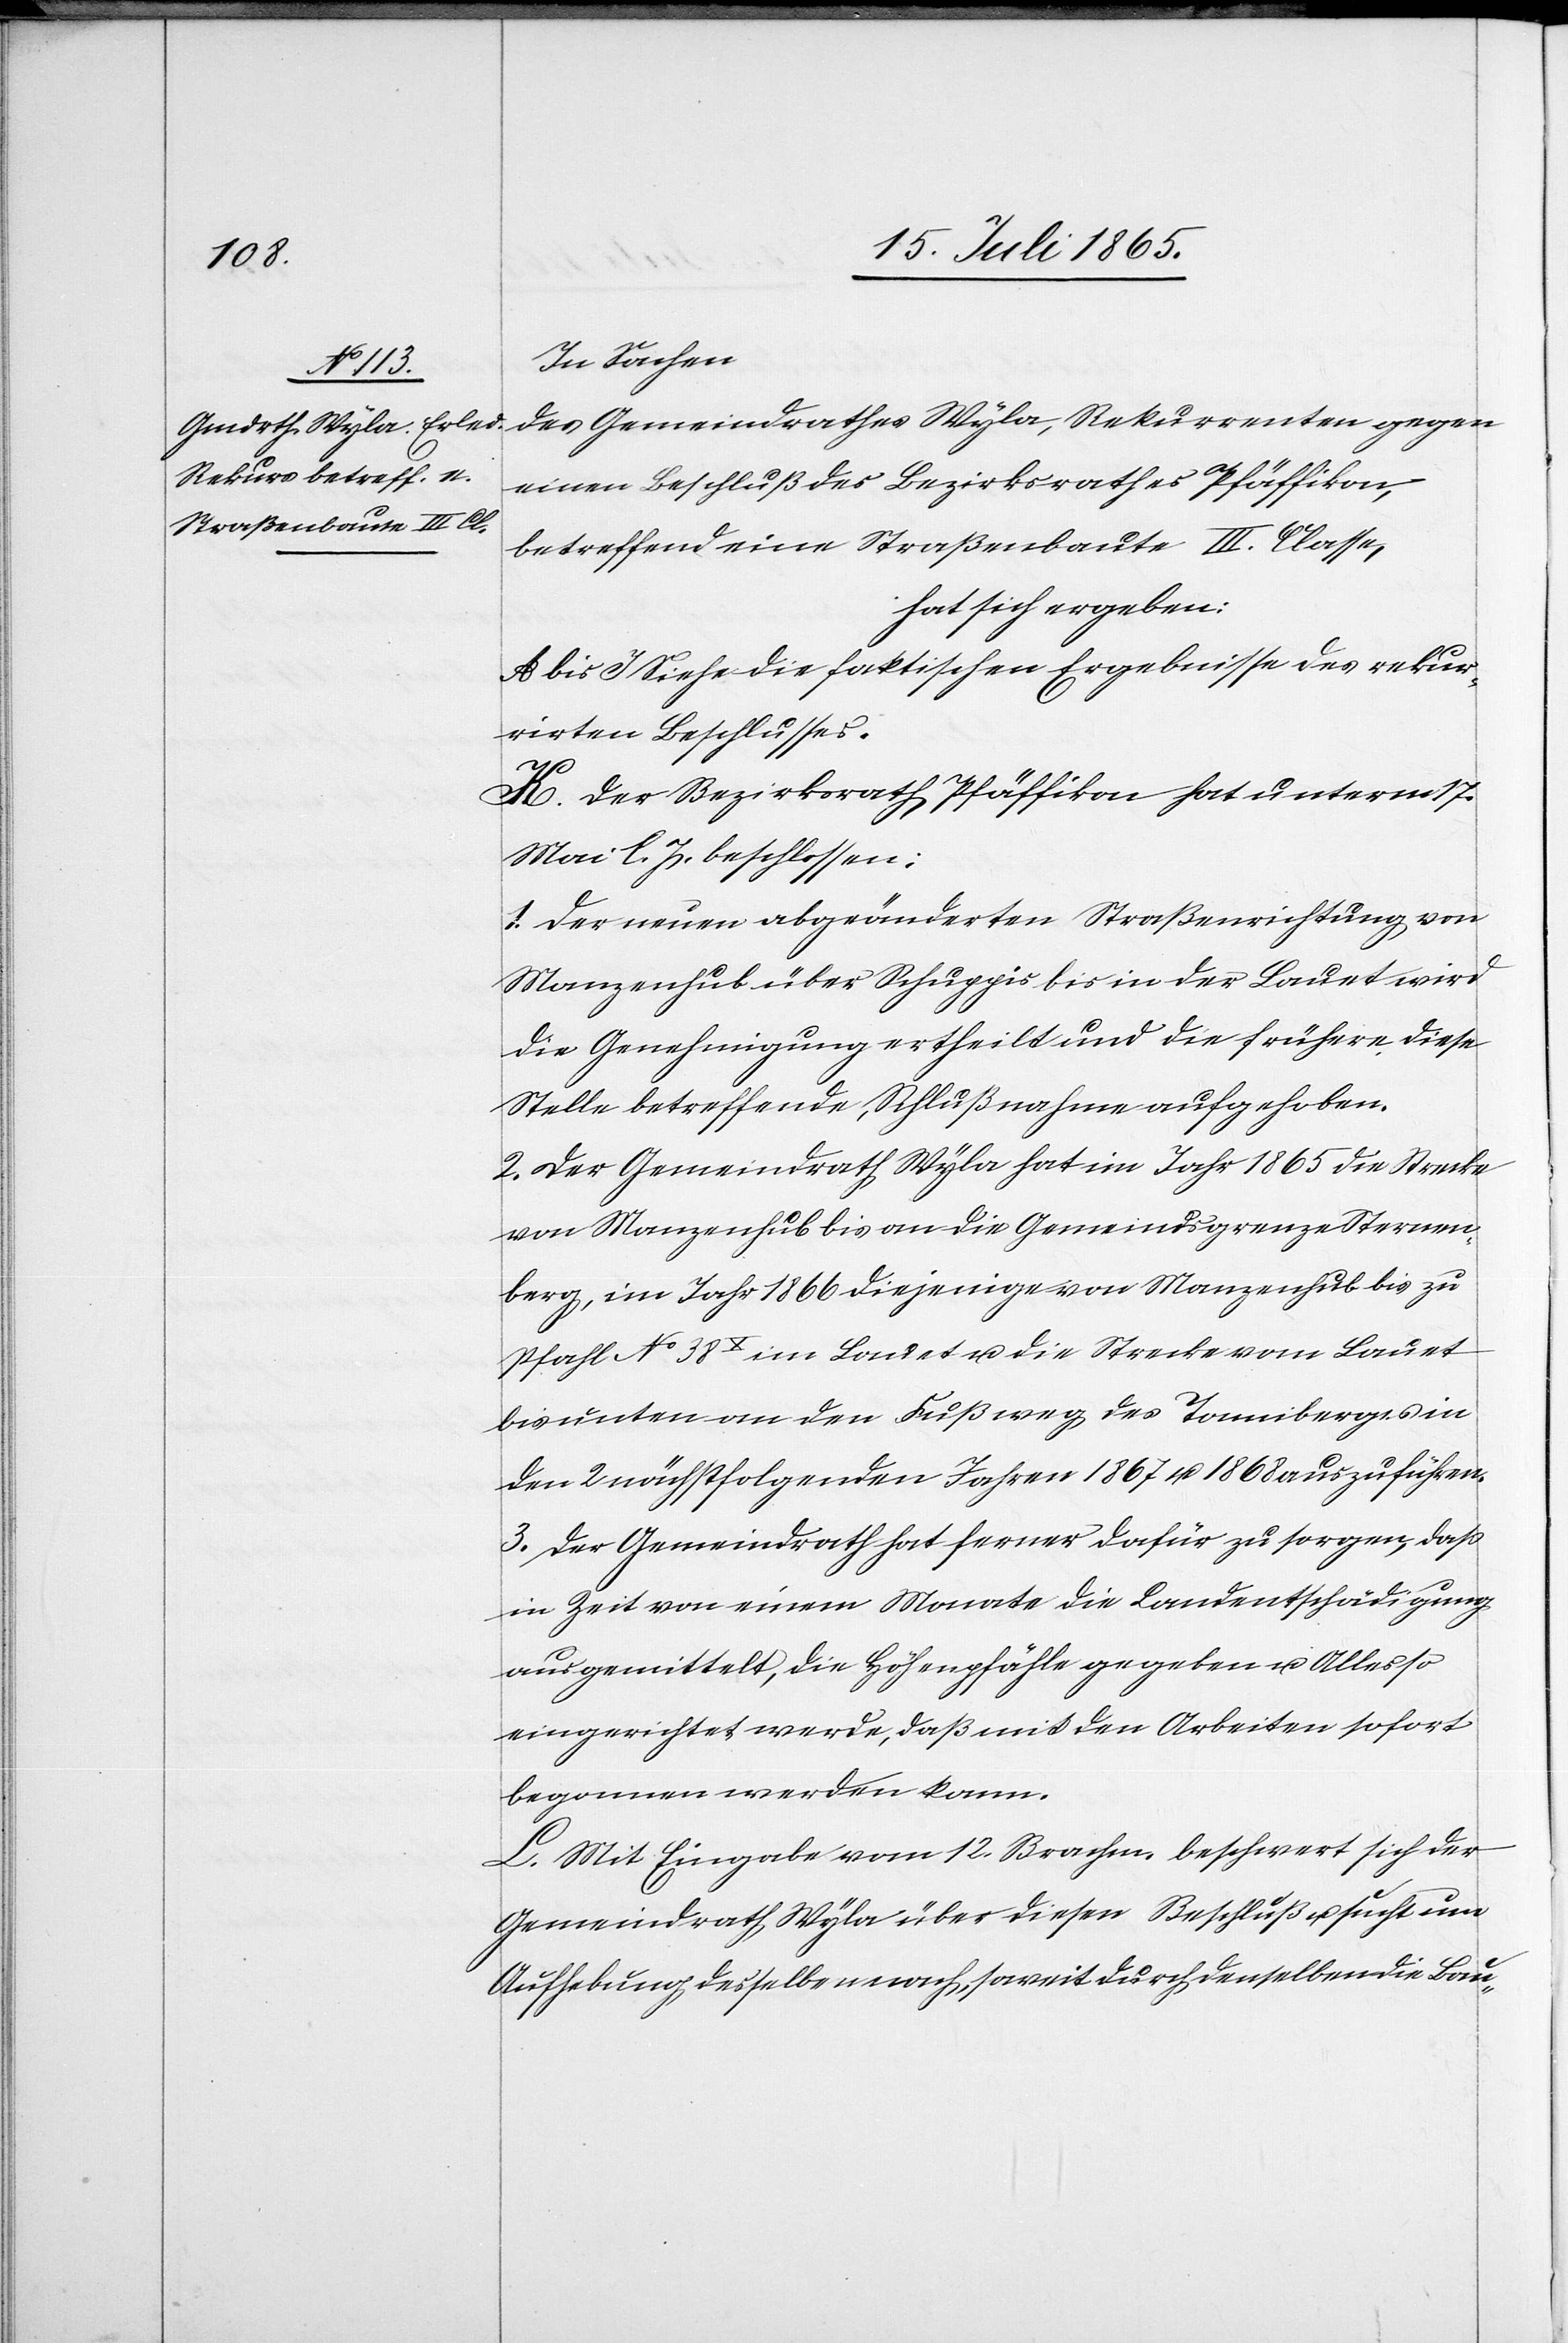
In Sachen
des Gemeindrathes Wyla, Rekurrenten gegen
einen Beschluß des Bezirksrathes Pfäffikon,
betreffend eine Straßenbaute III. Classe,
hat sich ergeben:
A bis J. Siehe die faktischen Ergebnisse des rekur¬
rirten Beschlusses.
K. Der Bezirksrath Pfäffikon hat unterm 17.
Mai l. J. beschlossen:
1. Der neuen abgeänderten Straßenrichtung von
Manzenhub über Schuppis bis in der Lauet wird
die Genehmigung ertheilt und die frühere diese
Stelle betreffende, Schlußnahme aufgehoben.
2. Der Gemeindrath Wyla hat im Jahr 1865 die Strecke
von Manzenhub bis an die Gemeindsgrenze Sternen¬
berg, im Jahr 1866 diejenige von Manzenhub bis zu
Pfahl No 38X im Lauet u. die Strecke vom Lauet
bis unten an den Fußweg des Tonniberges in
den 2 nächstfolgenden Jahren 1867 u. 1868 auszuführen.
3. Der Gemeindrath hat ferner dafür zu sorgen, daß
in Zeit von einem Monate die Landentschädigung
ausgemittelt, die Höhenpfähle gegeben u. Alles so
eingerichtet werde, daß mit den Arbeiten sofort
begonnen werden kann.
L. Mit Eingabe vom 12. Brachm. beschwert sich der
Gemeindrath Wyla über diesen Beschluß u. sucht um
Aufhebung desselben nach, soweit durch denselben die Bau-